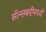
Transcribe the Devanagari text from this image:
सॅल्सबरीमध्ये